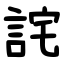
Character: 詫